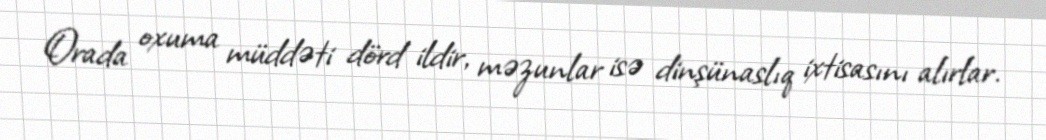
Orada oxuma müddəti dörd ildir, məzunlar isə dinşünaslıq ixtisasını alırlar.